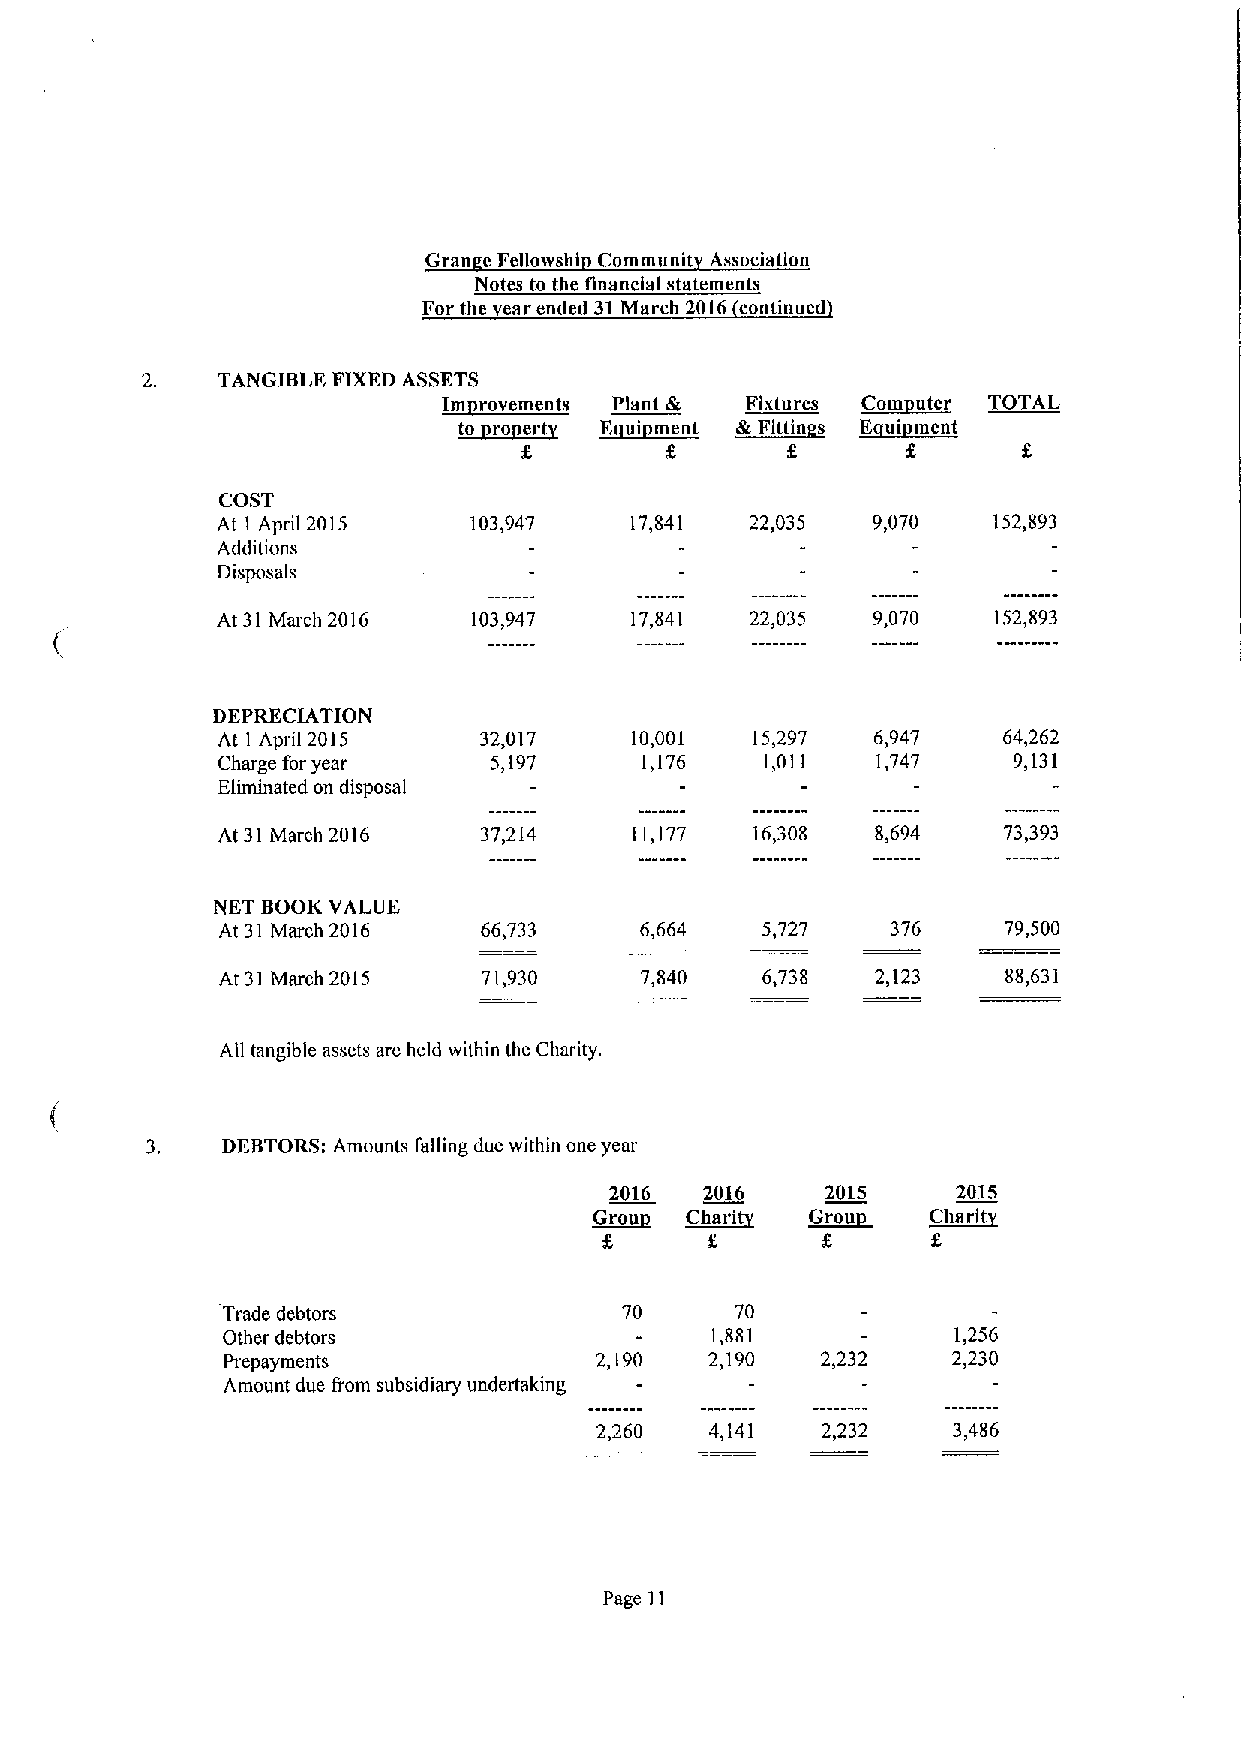
Gran eFellowshl Corumuni Association
 Notes to the financial statements
 For the ear ended 31March 2016 continued
 t~t
 TANGIBLE FIXEDASSETS
 &Pt t t& Fixtures ~Com uter TOTAL
 f    ~& i  tt ~&Ftttin s ~&i f t f
 COST
 At 1 April 2015  103,947    17,841  22,035  9,070   152,893
 Additions
 Disposals
 At 31March 2016  103,947    17,841  22,035  9,070   152,893
 DEPRECIATION
 At 1 April 2015   32,017    10,001  15,297  6,947   64,262
 Charge for year   5,197     1,176    1,011  1,747    9,131
 Eliminated on disposal
 At 31March 2016   37,214    11,177  16,308  8,694   73,393
 NET BOOK VALUE
 At 31 March 2016  66,733    6,664   5,727    376    79,500
 At 31 March 2015  71,930    7,840   6,738   2,123    88,631
 All tangible assets are held within the Charity.
 DEBTORS:Amounts falling due within one year
 2016   2016    2015    2015
 ~Grou Charity ~Grou   ~Chartt
 f
 Trade debtors             70      70
 Other debtors                   1,881           1,256
 Prepayments             2,190   2,190  2,232    2,230
 Amount due from subsidiary undertaking
 2,260   4,141  2,232    3,486
 Page 11